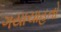
ગયાચાહતો